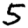
Digit: 5